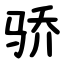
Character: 骄